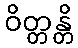
ဝိတ္တန္တိ